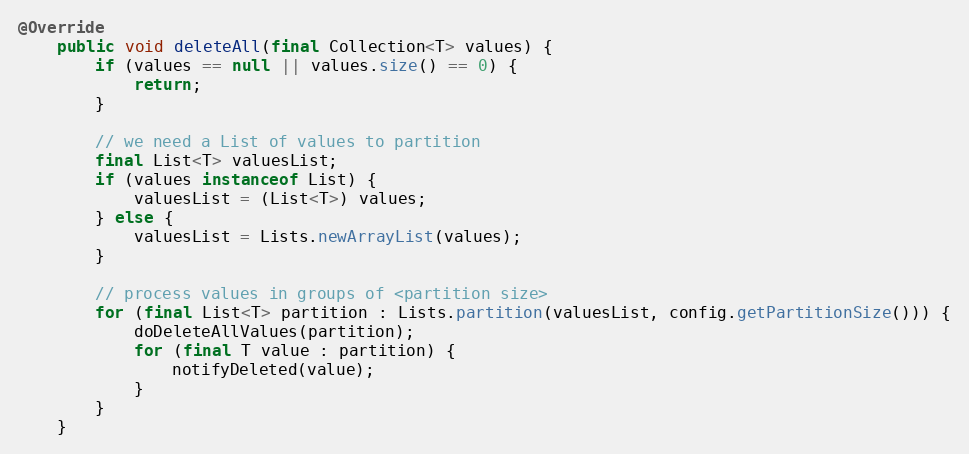
Language: Java
@Override
    public void deleteAll(final Collection<T> values) {
        if (values == null || values.size() == 0) {
            return;
        }

        // we need a List of values to partition
        final List<T> valuesList;
        if (values instanceof List) {
            valuesList = (List<T>) values;
        } else {
            valuesList = Lists.newArrayList(values);
        }

        // process values in groups of <partition size>
        for (final List<T> partition : Lists.partition(valuesList, config.getPartitionSize())) {
            doDeleteAllValues(partition);
            for (final T value : partition) {
                notifyDeleted(value);
            }
        }
    }